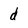
Character: d